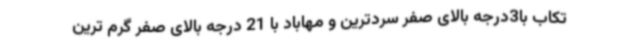
تکاب با3درجه بالای صفر سردترین و مهاباد با 21 درجه بالای صفر گرم ترین